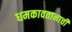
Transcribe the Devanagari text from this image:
धमकावतानाची